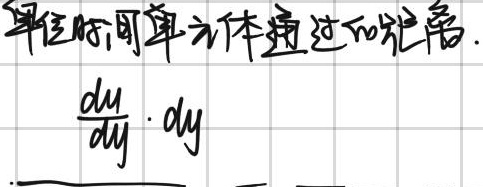
单位时间单位体通过的距离.
\[
\frac{du}{dy}\cdot dy
\]